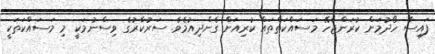
ފައިސާ ހޯދުމަށް ކުރަންޖެހޭ މަސައްކަތްތައް ކުރިއަށް ގެންދިއުމެވެ. ސަރުކާރުގެ ވިސްނުމަކީ މި މަސައްކަތަކީ